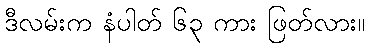
ဒီလမ်းက နံပါတ် ၆၃ ကား ဖြတ်လား။